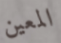
المعين